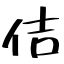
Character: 佶